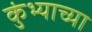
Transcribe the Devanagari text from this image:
कुंभ्याच्या